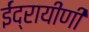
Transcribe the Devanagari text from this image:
ईंद्रायीणी